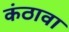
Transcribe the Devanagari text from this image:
कंठावा